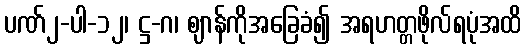
ပဏ်၂-ပါ-၁၂၊ ဋ္ဌ-ဂ၊ ဈာန်ကိုအခြေခံ၍ အရဟတ္တဖိုလ်ရပုံအထိ